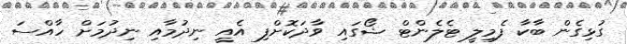
ގުޅިގެން ބާކާ ފެމިލީ ޓެލެންޓް ޝޯގައި ވާދަކޮށްފި އެއީ ނިދުމާއި ނިދުމަށް ހާއްސަ